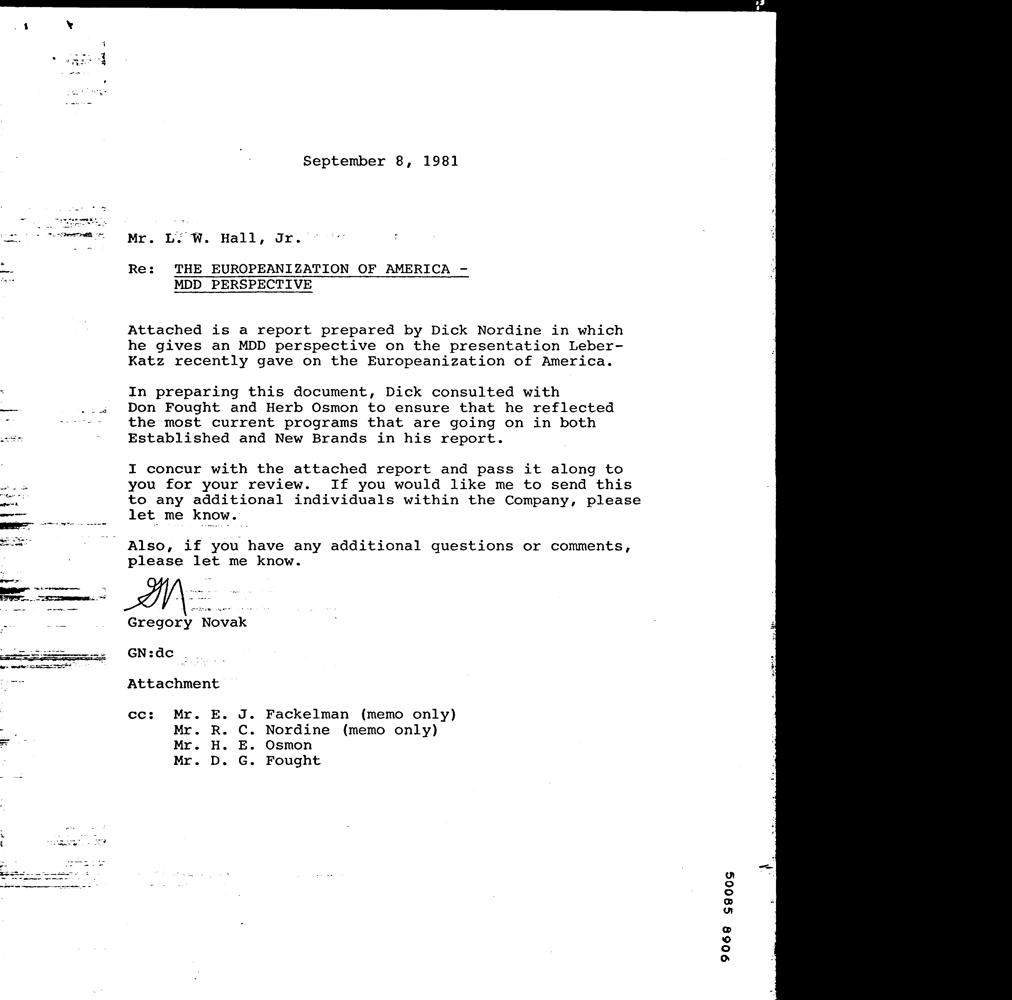
September 8, 1981
 Mr. LE W. Hall, Jr.
 Re: THE EUROPEANIZATION OF AMERICA -
 MDD PERSPECTIVE
 Attached is a report prepared by Dick Nordine in which
 he gives an MDD perspective on the presentation Leber-
 Katz recently gave on the Europeanization of America.
 In preparing this document, Dick consulted with
 Don Fought and Herb Osmon to ensure that he reflected
 the most current programs that are going on in both
 Established and New Brands in his report.
 I concur with the attached report and pass it along to
 you for your review. If you would like me to send this
 to any additional individuals within the Company, please
 let me know.
 Also, if you have any additional questions or comments,
 please let me know.
 Soa en
 Gregory Novak
 GN:dc
 Attachment
 cc: Mr. E. J. Fackelman (memo only)
 Mr. R. C. Nordine (memo only)
 Mr. H. E. Osmon
 Mr. D. G. Fought
 9068 sg00sg